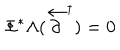
\Phi ^ { * } \Lambda ( \stackrel { \leftarrow } { \partial } ^ { \dagger } ) = 0